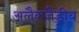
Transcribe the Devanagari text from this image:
अलैक्जैंड्रीय